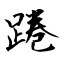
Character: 踡